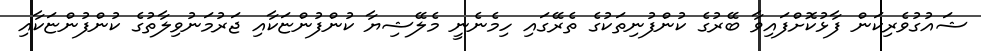
ޝައުގުވެރިކަން ފާޅުކޮށްފައިވާ ބޭރުގެ ކުންފުނިތަކުގެ ތެރޭގައި ހިމެނެނީ މެލޭޝިޔާ ކުންފުންޏަކާއި ޖަރުމަނުވިލާތުގެ ކުންފުންޏަކާއި